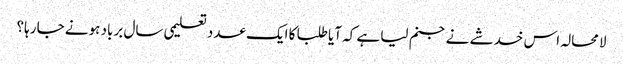
لامحالہ اس خدشے نے جنم لیا ہے کہ آیا طلبا کا ایک عدد تعلیمی سال برباد ہونے جا رہا؟